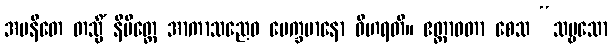
အပနီတေ တသ္မိံ နိမိတ္တေ အာကာသညေဝ ပေက္ခမာနော ဝိဟရတိ။ ဧတ္တာဝတာ စေသ “သဗ္ဗသော